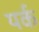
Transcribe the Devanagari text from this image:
यर्क